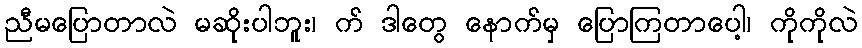
ညီမပြောတာလဲ မဆိုးပါဘူး၊ က် ဒါတွေ နောက်မှ ပြောကြတာပေါ့၊ ကိုကိုလဲ